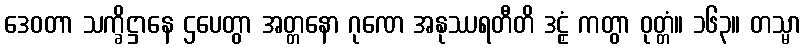
ဒေဝတာ သက္ခိဋ္ဌာနေ ဌပေတွာ အတ္တနော ဂုဏေ အနုဿရတီတိ ဒဠှံ ကတွာ ဝုတ္တံ။ ၁၆၃။ တသ္မာ